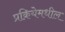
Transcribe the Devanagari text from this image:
प्रक्रियेमधील